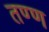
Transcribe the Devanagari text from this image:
तण्ण